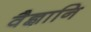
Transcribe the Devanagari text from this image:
वैज्ञानि